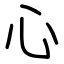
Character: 心